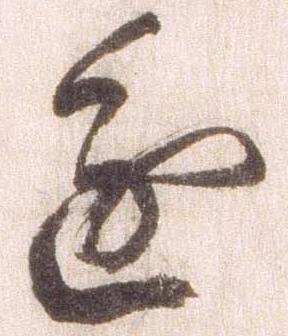
進